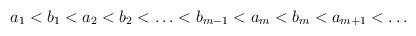
LaTeX: \begin{align*}a_{1}<b_{1}< a_{2}<b_{2}<\ldots<b_{m-1}< a_{m}<b_{m}< a_{m+1}<\ldots\end{align*}